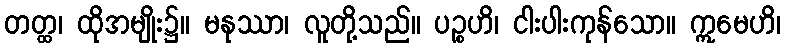
တတ္ထ၊ ထိုအမျိုး၌။ မနုဿာ၊ လူတို့သည်။ ပဉ္စဟိ၊ ငါးပါးကုန်သော။ ဣမေဟိ၊